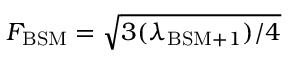
F _ { \mathrm { B S M } } = \sqrt { 3 ( \lambda _ { \mathrm { B S M } + 1 } ) / { 4 } }